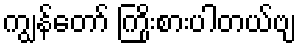
ကျွန်တော် ကြိုးစားပါတယ်ဗျ